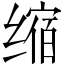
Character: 缩